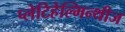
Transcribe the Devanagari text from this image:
प्लेटिहेल्मिन्थीज